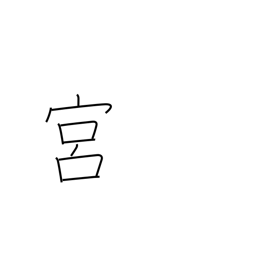
Meaning: constellations